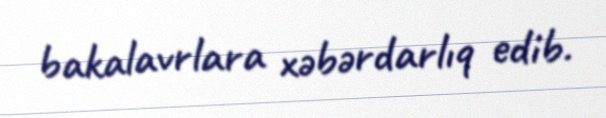
bakalavrlara xəbərdarlıq edib.